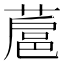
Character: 蔰